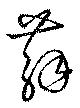
蘇